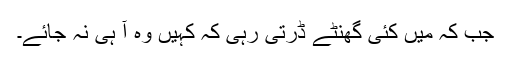
جب کہ میں کئی گھنٹے ڈرتی رہی کہ کہیں وہ آ ہی نہ جائے۔